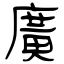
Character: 廣